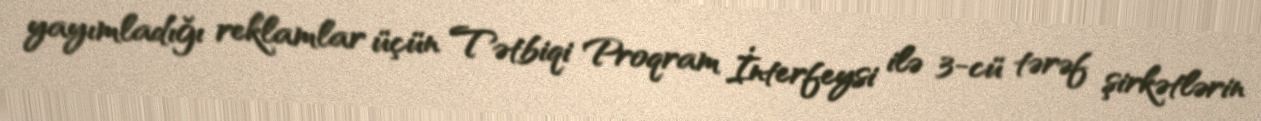
yayımladığı reklamlar üçün Tətbiqi Proqram İnterfeysi ilə 3-cü tərəf şirkətlərin